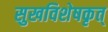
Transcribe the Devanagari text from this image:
सुखविशेषकृत्